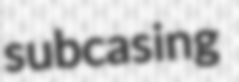
subcasing